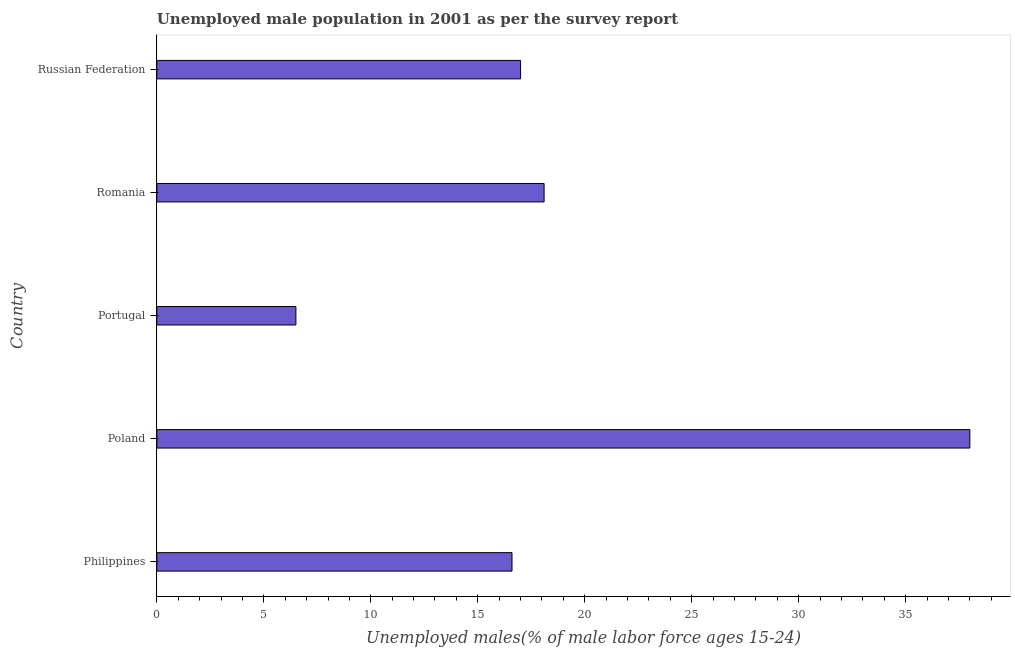
| Country | Unemployment youth male |
 | --- | --- |
 | Philippines | 16.6 |
 | Poland | 38 |
 | Portugal | 6.5 |
 | Romania | 18.1 |
 | Russian Federation | 17 |